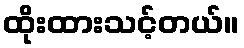
ထိုးထားသင့်တယ်။